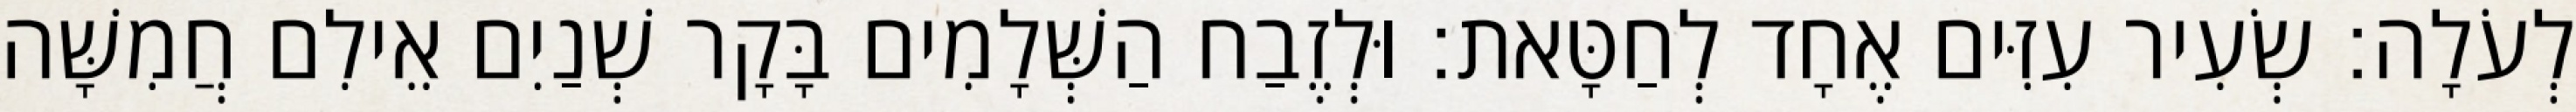
לְעֹלָה׃ שְׂעִיר עִזִּים אֶחָד לְחַטָּאת׃ וּלְזֶבַח הַשְּׁלָמִים בָּקָר שְׁנַיִם אֵילִם חֲמִשָּׁה